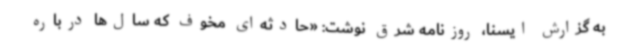
به گزارش ایسنا، روزنامه شرق نوشت:‌ «حادثه‌ای مخوف که سال‌ها درباره